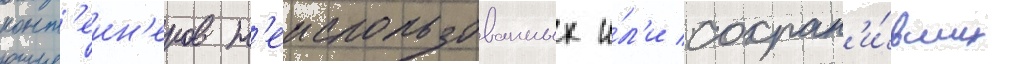
конт'еин'еров н'еиспользованных и́л'и сохран'и́вших